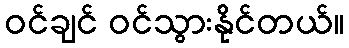
ဝင်ချင် ဝင်သွားနိုင်တယ်။